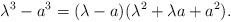
LaTeX: \begin{align*}\lambda^3 - a^3 = (\lambda - a)(\lambda^2 + \lambda a + a^2).\end{align*}